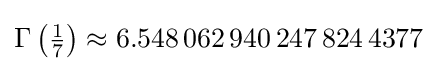
\Gamma \left({\tfrac {1}{7}}\right)\approx 6.548\,062\,940\,247\,824\,4377